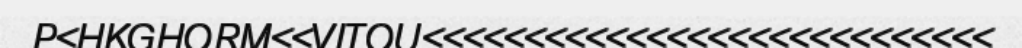
P<HKGHORM<<VITOU<<<<<<<<<<<<<<<<<<<<<<<<<<<<